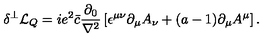
\delta ^ { \perp } { \cal L } _ { Q } = i e ^ { 2 } \bar { c } \frac { \partial _ { 0 } } { \nabla ^ { 2 } } \left[ \epsilon ^ { \mu \nu } \partial _ { \mu } A _ { \nu } + ( a - 1 ) \partial _ { \mu } A ^ { \mu } \right] .